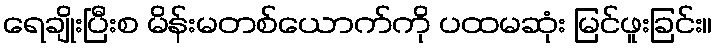
ရေချိုးပြီးစ မိန်းမတစ်ယောက်ကို ပထမဆုံး မြင်ဖူးခြင်း။